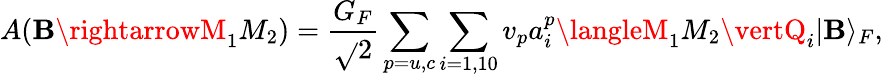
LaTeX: A(\mathbf{B}\rightarrowM_{1}M_{2})=\frac{{G_{F}}}{{\sqrt{}{{2}}}}\sum_{p=u,c}\sum_{i=1,10}v_{p}a_{i}^{p}\langleM_{1}M_{2}\vertQ_{i}\vert\mathbf{B}\rangle_{F},